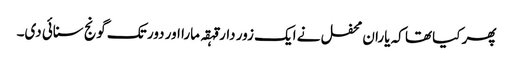
پھر کیا تھا کہ یاران محفل نے ایک زور دار قہقہ مارا اور دور تک گونج سنائی دی۔